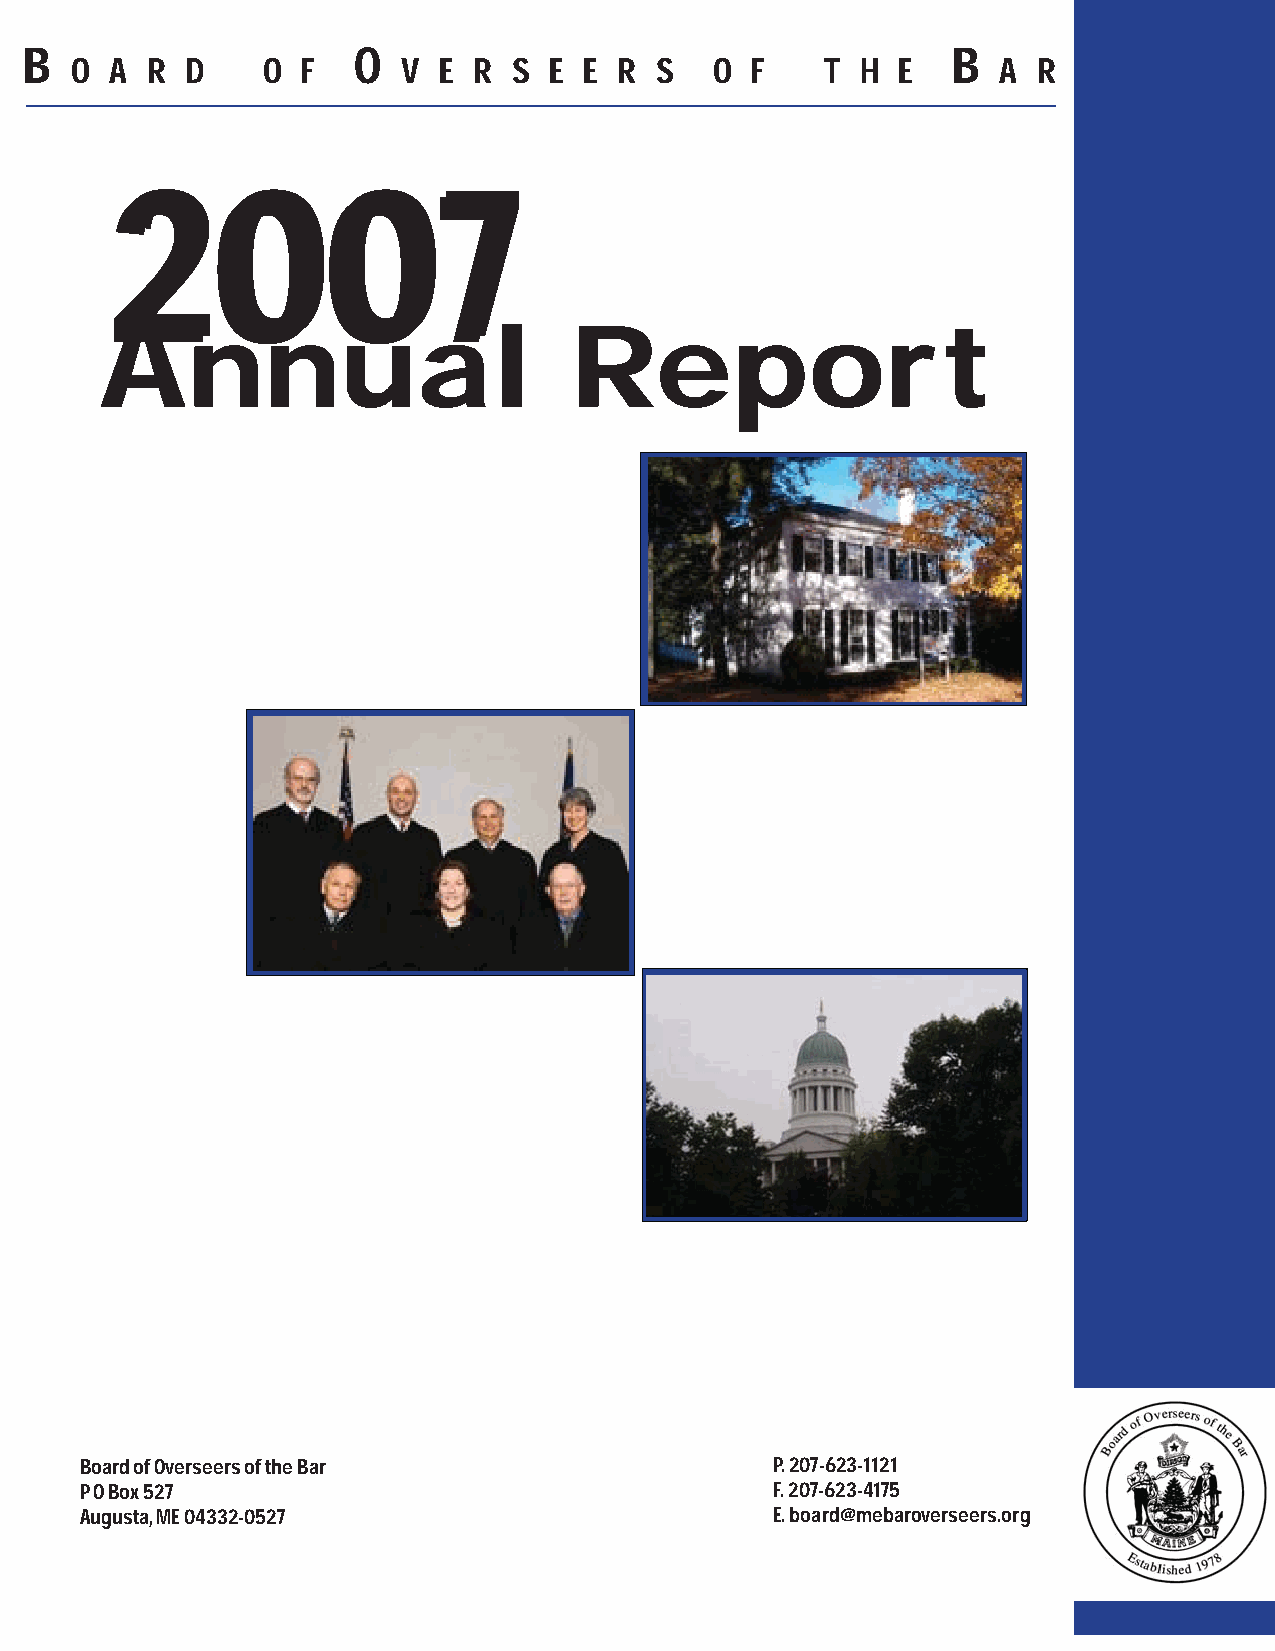
B                    O                                       B
 O A  R D    O  F      V E R  S E  E R S   O  F    T H E      A  R
 22000077
 Annual                         Report
 Board of Overseers of the Bar                 P. 207-623-1121
 P O Box 527                                   F. 207-623-4175
 Augusta, ME 04332-0527                        E. board@mebaroverseers.org